Veterinary regulations India, 1935 -
Year: 1935
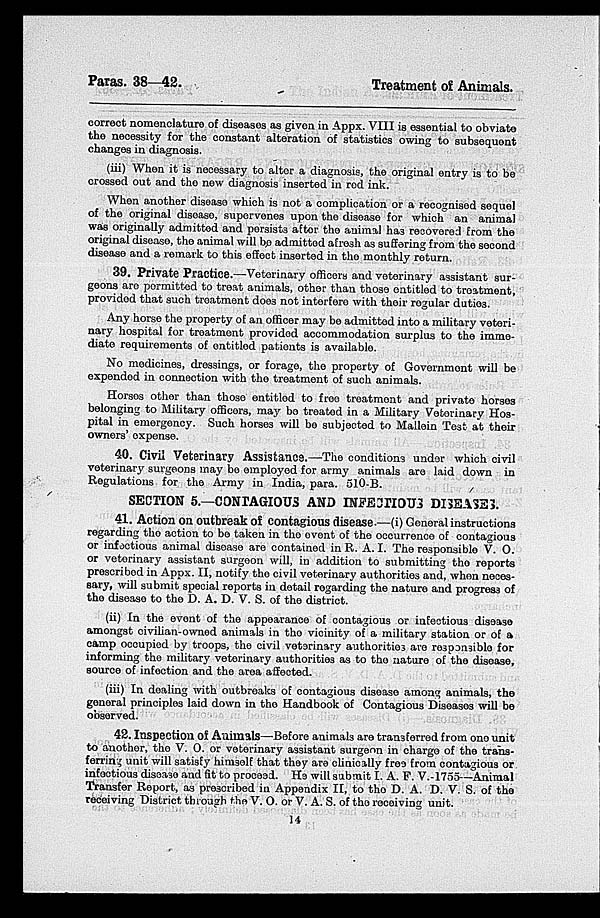
Paras. 38—42.
Treatment of Animals.
correct nomenclature of diseases as given in Appx. VIII is essential to obviate
the necessity for the constant alteration of statistics owing to subsequent
changes in diagnosis.
(iii) When it is necessary to alter a diagnosis, the original entry is to be
crossed out and the new diagnosis inserted in red ink.
When another disease which is not a complication or a recognised sequel
of the original disease, supervenes upon the disease for which an animal
was originally admitted and persists after the animal has recovered from the
original disease, the animal will be admitted afresh as suffering from the second
disease and a remark to this effect inserted in the monthly return.
39. Private Practice.—Veterinary officers and veterinary assistant sur-
geons are permitted to treat animals, other than these entitled to treatment,
provided that such treatment does not interfere with their regular duties.
Any horse the property of an officer may be admitted into a military veteri-
nary hospital for treatment provided accommodation surplus to the imme-
diate requirements of entitled patients is available.
No medicines, dressings, or forage, the property of Government will be
expended in connection with the treatment of such animals.
Horsos other than these entitled to free treatment and private horses
belonging to Military officers, may be treated in a Military Vetorinary Hos-
pital in emergency. Such horses will be subjected to Mallein Test at their
owners' expense.
40. Civil Veterinary Assistance.—The conditions under which civil
veterinary surgeons may be employed for army animals are laid down in
Regulations for the Army in India, para. 510-B.
SECTION 5.—CONTAGIOUS AND INFECTIOUS DISEASES.
41. Action on outbreak of contagious disease.—(i) General instructions
regarding the action to be taken in the event of the occurrence of contagious
or infectious animal disease are contained in R. A. I. The responsible V. O.
or veterinary assistant surgeon will, in addition to submitting the reports
prescribed in Appx. II, notify the civil veterinary authorities and, when neces-
sary, will submit special reports in detail regarding the nature and progress of
the disease to the D. A. D. V. S. of the district.
(ii) In the event of the appearance of contagious or infectious disease
amongst civilian-owned animals in the vicinity of a military station or of a
camp occupied by troops, the civil vetarinary authorities are responsible for
informing the military veterinary authorities as to the nature of the disease,
source of infection and the area affected.
(iii) In dealing with outbreaks of contagious disease among animals, the
general principles laid down in the Handbook of Contagious Diseases will be
observed.
42. Inspection of Animals—Before animals are transferred from one unit
to another, the V. O. or veterinary assistant surgeon in charge of the trans-
ferring unit will satisfy himself that they are clinically free from contagious or
infectious disease and fit to proceed. He will submit I. A. F. V. 1755—Animal
Transfer Report, as prescribed in Appendix II, to the D. A. D. V. S. of the
receiving District through the V. O. or V. A. S. of the receiving unit.
14